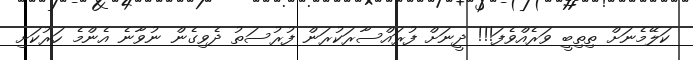
ކަލޭމެނަށް ތިތިބީ ވަރެއްވެފަ!!! ދީނަށް ފުރައްސާރަކުރަން ފުރުސަތު ދެވިގެން ނުވާނެ އެންމެ ހަރުކަށި